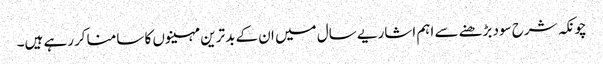
چونکہ شرح سود بڑھنے سے اہم اشاریے سال میں ان کے بدترین مہینوں کا سامنا کررہے ہیں۔